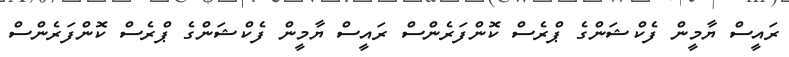
ރައީސް ޔާމީން ފެކްޝަންގެ ޕްރެސް ކޮންފަރެންސް ރައީސް ޔާމީން ފެކްޝަންގެ ޕްރެސް ކޮންފަރެންސް